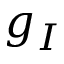
g _ { I }